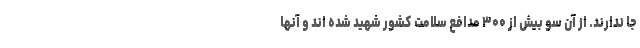
جا ندارند. از آن سو بیش از ۳۰۰ مدافع سلامت کشور شهید شده اند و آنها